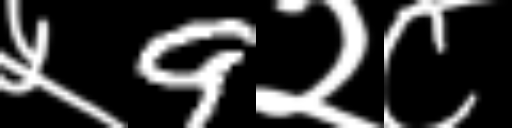
Text: ५9२८